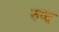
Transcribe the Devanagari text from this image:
रुष्द